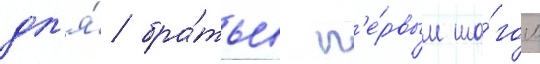
дл'я́ бра́тьев п'е́рвым ша́гом